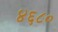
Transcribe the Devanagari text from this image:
४६८०